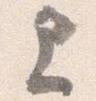
上